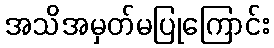
အသိအမှတ်မပြုကြောင်း